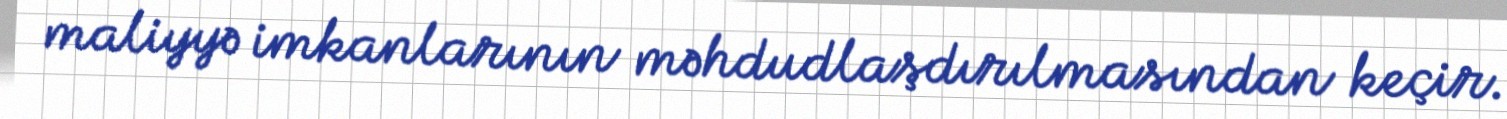
maliyyə imkanlarının məhdudlaşdırılmasından keçir.